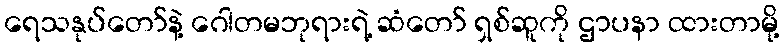
ရေသနုပ်တော်နဲ့ ဂေါတမဘုရားရဲ့ ဆံတော် ရှစ်ဆူကို ဌာပနာ ထားတာမို့